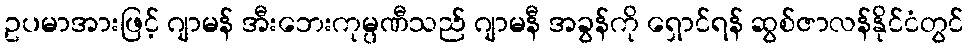
ဥပမာအားဖြင့် ဂျာမန် အီးဘေးကုမ္ပဏီသည် ဂျာမနီ အခွန်ကို ရှောင်ရန် ဆွစ်ဇာလန်နိုင်ငံတွင်